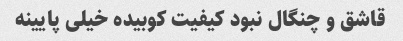
قاشق و چنگال نبود کیفیت کوبیده خیلی پایینه